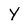
Character: Y